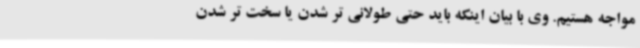
مواجه هستیم. وی با بیان اینکه باید حتی طولانی تر شدن یا سخت تر شدن